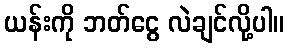
ယန်းကို ဘတ်ငွေ လဲချင်လို့ပါ။